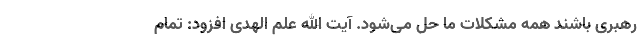
رهبری باشند همه مشکلات ما حل می‌شود. آیت الله علم الهدی افزود: تمام